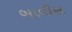
બાવીસ